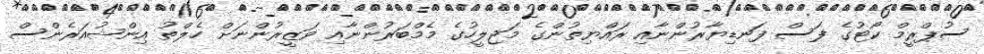
ސުޕްރީމް ކޯޓުގެ ފަސް ފަނޑިޔާރުންނާއި ރައްޔިތުންގެ މަޖިލީހުގެ މެމްބަރުންނާއި ވަޒީރުންނަށް ހެލްތު އިންޝުއަރެންސް